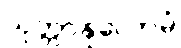
သုတ္တာနုလောမံ